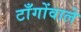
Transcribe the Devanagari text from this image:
टाँगोंवाले